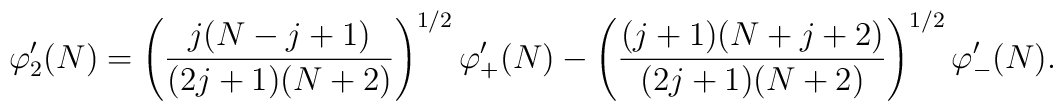
\varphi'_2(N) = \left(\frac{j (N-j+1)}{(2j+1) (N+2)}\right)^{1/2}  \varphi'_+(N) - \left(\frac{(j+1) (N+j+2)}{(2j+1) (N+2)}\right)^{1/2}\varphi'_-(N).